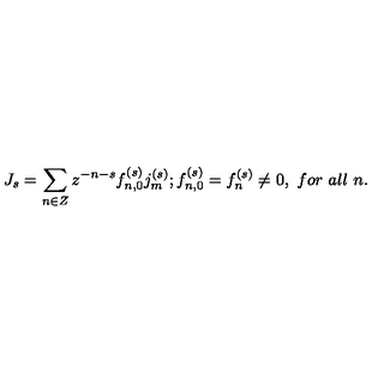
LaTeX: J _ { s } = \sum _ { n \in Z } z ^ { - n - s } f _ { n , 0 } ^ { ( s ) } j _ { m } ^ { ( s ) } ; f _ { n , 0 } ^ { ( s ) } = f _ { n } ^ { ( s ) } \neq 0 , \ f o r \ a l l \ n .